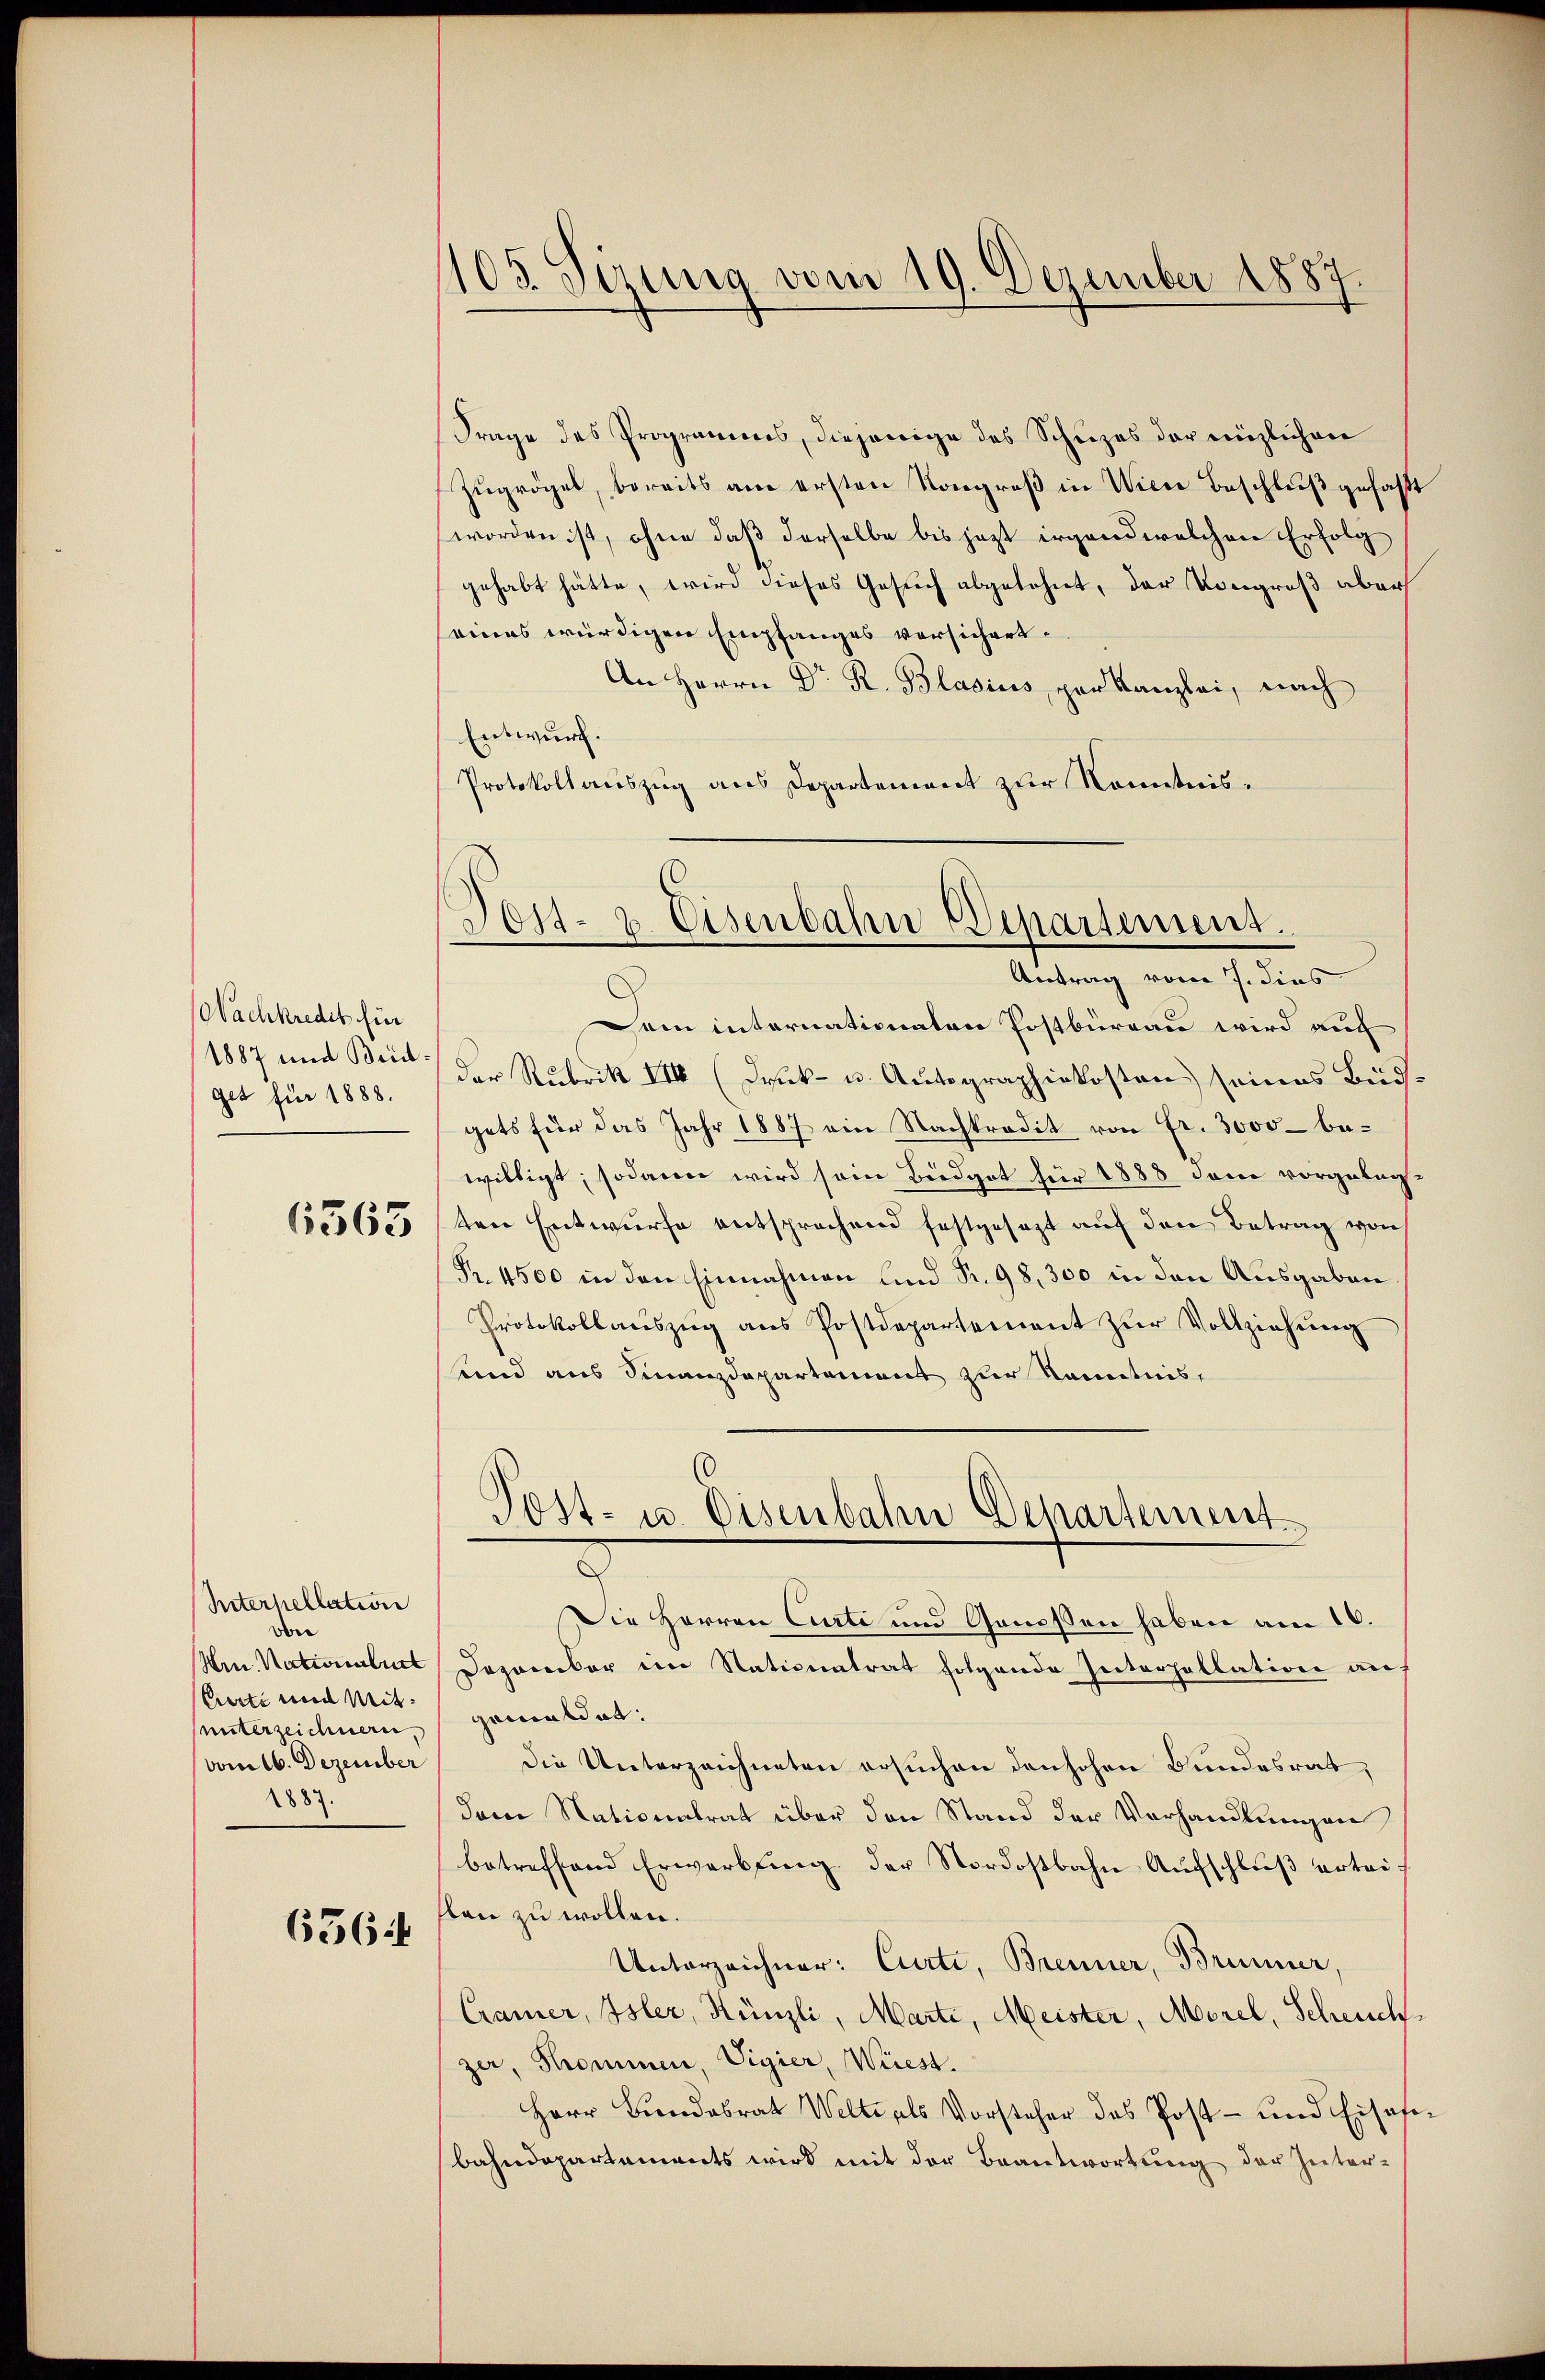
(Nachkredit für
1887 und Beiget für 1888.

6363

Interhellation
von
Hrn. Nationslist
Curti und Mit
unterzeichnern
vom 16. Dezember
1887.

636

105. Serung vom 19. Dezember 1887.

Frage des Programms, diejenige des Schuzes der einzlichen
Zŭgrögel, bereits am ersten Kongreß in Wiese Beschluß gefaßt
worden ist, ohne daß derselbe bis jezt irgend welchen Erfolg
gehabt hätte, wird dieses Gesuch abgelohnt, der Kongroß aber
seines würdigen Empfanges vorsichert.
An Herrn Dr. R. Blasius par Kanzlei, nach
Entwurf.
Protokollauszug aus Departement zur Kenntnis¬

Post- & Eisenbahn Departement.
Antrag vom 7. dies

Dem internationaten Postbüreau wird auch
der Rubrik III (Druck- u. Autographiekosten seines Budgets für das Jahr 1887 ein Nachkredit von Fr. 3000 bewilligt; sodann wird sein Biedgot für 1888 den vorgelagten Entwurfe entsprochend festgesezt auf den Betrag von
Nr. 4500 in den Einnahmen und Pr. 98, 300 in den Ausgaben
Protokollaŭszŭg ans Postdepartement zŭr Vollziehŭng
und aus Finanzdepartement zur Kenntnis,

Post- u. Eisenbahn Departement
Die Herren Curti und Genossen haben am 10.

Dezember im Nationatrat folgende Interhallation angemildet.
die Unterzeichneten ersuchen den hohen Bundesrat,
dam Nationalrat über den Stand der Vorhandlungen
betreffend Erwerbŭng der Nordostbahn Aŭfschlŭβ erteiflen zu wollen.
Unterzeichner: Curti, Brenner, Brunner,
Cramer, Isler, Hünzli, Marte, Meister, Morel, Scheuchzer, Pommen, Vigier, Wiest.
Herr Bundesrat Welte als Vorsteher das Post- und Eisafebahndepartements wird mit der Beantwortung der Inter¬